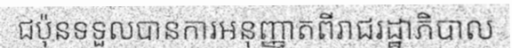
ជប៉ុនទទួលបានការអនុញ្ញាតពីរាជរដ្ឋាភិបាល